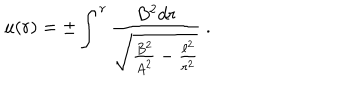
LaTeX: u ( r ) = \pm \int ^ { r } \frac { B ^ { 2 } d r } { \sqrt { \frac { B ^ { 2 } } { A ^ { 2 } } - \frac { \ell ^ { 2 } } { r ^ { 2 } } } } ~ .